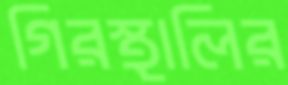
গিরস্থালির